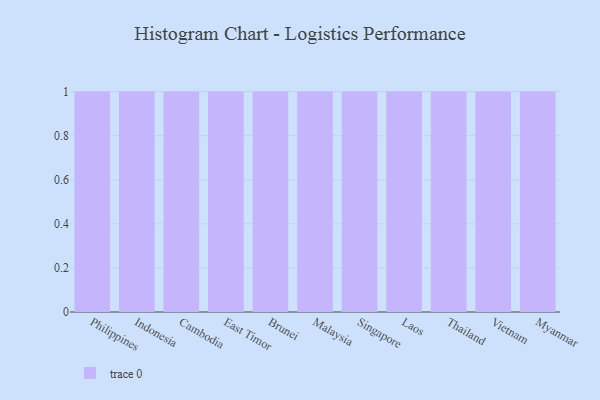
{"axis": {"x": "Country", "y": "Revenue (USD Million)"}, "legend": [""], "data": [{"x": "Philippines", "y": 84, "type": ""}, {"x": "Indonesia", "y": 52, "type": ""}, {"x": "Cambodia", "y": 68, "type": ""}, {"x": "East Timor", "y": 95, "type": ""}, {"x": "Brunei", "y": 9, "type": ""}, {"x": "Malaysia", "y": 11, "type": ""}, {"x": "Singapore", "y": 72, "type": ""}, {"x": "Laos", "y": 3, "type": ""}, {"x": "Thailand", "y": 6, "type": ""}, {"x": "Vietnam", "y": 73, "type": ""}, {"x": "Myanmar", "y": 88, "type": ""}]}